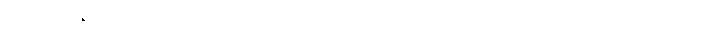
မစ္စတာ ဇပါတာရဲ့ အဲဒီ မိုးပျံဘုတ်ပြားကို လူတွေ စတင် သတိထားမိခဲ့တာ ပြီးခဲ့တဲ့လ